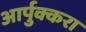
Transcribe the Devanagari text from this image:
आर्पुक्करा